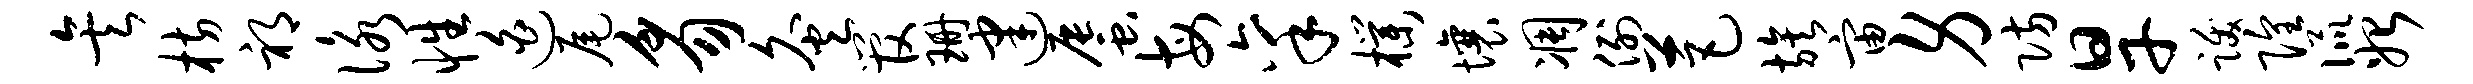
矣枋祁咏性迫尾豸灸管珊建蜃每禀朴壤凋例芭族宙身防旱跋隍侃始